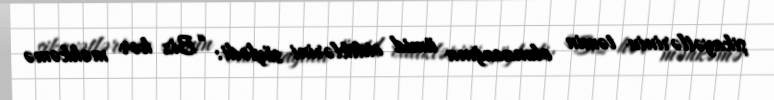
şikayətlərinin təmin olunacağına ümid etdiklərini söylədi: “Biz hər məhkəmə